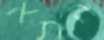
התא